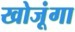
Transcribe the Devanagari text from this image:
खोजूंगा